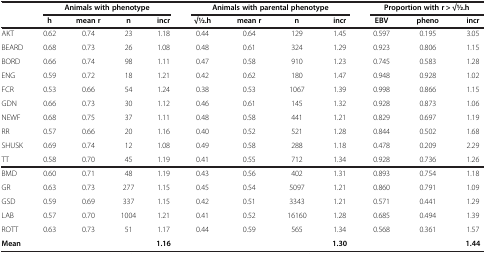
<table><thead><tr><td><b> </b></td><td colspan="4"><b>Animals with phenotype</b></td><td colspan="4"><b>Animals with parental phenotype</b></td><td colspan="3"><b>Proportion with r &gt; √1⁄2.h</b></td></tr><tr><td><b> </b></td><td><b>h</b></td><td><b>mean r</b></td><td><b>n</b></td><td><b>incr</b></td><td><b>√1⁄2.h</b></td><td><b>mean r</b></td><td><b>n</b></td><td><b>incr</b></td><td><b>EBV</b></td><td><b>pheno</b></td><td><b>incr</b></td></tr></thead><tbody><tr><td>AKT</td><td>0.62</td><td>0.74</td><td>23</td><td>1.18</td><td>0.44</td><td>0.64</td><td>129</td><td>1.45</td><td>0.597</td><td>0.195</td><td>3.05</td></tr><tr><td>BEARD</td><td>0.68</td><td>0.73</td><td>26</td><td>1.08</td><td>0.48</td><td>0.61</td><td>324</td><td>1.29</td><td>0.923</td><td>0.806</td><td>1.15</td></tr><tr><td>BORD</td><td>0.66</td><td>0.74</td><td>98</td><td>1.11</td><td>0.47</td><td>0.58</td><td>910</td><td>1.23</td><td>0.745</td><td>0.583</td><td>1.28</td></tr><tr><td>ENG</td><td>0.59</td><td>0.72</td><td>18</td><td>1.21</td><td>0.42</td><td>0.62</td><td>180</td><td>1.47</td><td>0.948</td><td>0.928</td><td>1.02</td></tr><tr><td>FCR</td><td>0.53</td><td>0.66</td><td>54</td><td>1.24</td><td>0.38</td><td>0.53</td><td>1067</td><td>1.39</td><td>0.998</td><td>0.866</td><td>1.15</td></tr><tr><td>GDN</td><td>0.66</td><td>0.73</td><td>30</td><td>1.12</td><td>0.46</td><td>0.61</td><td>145</td><td>1.32</td><td>0.928</td><td>0.873</td><td>1.06</td></tr><tr><td>NEWF</td><td>0.68</td><td>0.75</td><td>37</td><td>1.11</td><td>0.48</td><td>0.58</td><td>441</td><td>1.21</td><td>0.829</td><td>0.697</td><td>1.19</td></tr><tr><td>RR</td><td>0.57</td><td>0.66</td><td>20</td><td>1.16</td><td>0.40</td><td>0.52</td><td>521</td><td>1.28</td><td>0.844</td><td>0.502</td><td>1.68</td></tr><tr><td>SHUSK</td><td>0.69</td><td>0.74</td><td>12</td><td>1.08</td><td>0.49</td><td>0.58</td><td>288</td><td>1.18</td><td>0.478</td><td>0.209</td><td>2.29</td></tr><tr><td>TT</td><td>0.58</td><td>0.70</td><td>45</td><td>1.19</td><td>0.41</td><td>0.55</td><td>712</td><td>1.34</td><td>0.928</td><td>0.736</td><td>1.26</td></tr><tr><td>BMD</td><td>0.60</td><td>0.71</td><td>48</td><td>1.19</td><td>0.43</td><td>0.56</td><td>402</td><td>1.31</td><td>0.893</td><td>0.754</td><td>1.18</td></tr><tr><td>GR</td><td>0.63</td><td>0.73</td><td>277</td><td>1.15</td><td>0.45</td><td>0.54</td><td>5097</td><td>1.21</td><td>0.860</td><td>0.791</td><td>1.09</td></tr><tr><td>GSD</td><td>0.59</td><td>0.69</td><td>337</td><td>1.15</td><td>0.42</td><td>0.51</td><td>3343</td><td>1.21</td><td>0.571</td><td>0.441</td><td>1.29</td></tr><tr><td>LAB</td><td>0.57</td><td>0.70</td><td>1004</td><td>1.21</td><td>0.41</td><td>0.52</td><td>16160</td><td>1.28</td><td>0.685</td><td>0.494</td><td>1.39</td></tr><tr><td>ROTT</td><td>0.63</td><td>0.73</td><td>51</td><td>1.17</td><td>0.44</td><td>0.59</td><td>565</td><td>1.34</td><td>0.568</td><td>0.361</td><td>1.57</td></tr><tr><td><b>Mean</b></td><td> </td><td> </td><td> </td><td><b>1.16</b></td><td> </td><td> </td><td> </td><td><b>1.30</b></td><td> </td><td> </td><td><b>1.44</b></td></tr></tbody></table>